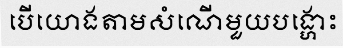
បើយោងតាមសំណើមួយបង្ហោះ